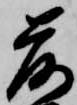
落